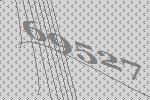
69527